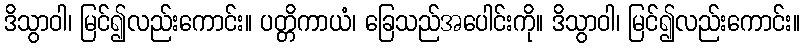
ဒိသွာဝါ၊ မြင်၍လည်းကောင်း။ ပတ္တိကာယံ၊ ခြေသည်အပေါင်းကို။ ဒိသွာဝါ၊ မြင်၍လည်းကောင်း။